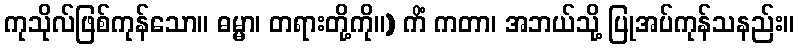
ကုသိုလ်ဖြစ်ကုန်သော။ ဓမ္မာ၊ တရားတို့ကို။) ကိံ ကတာ၊ အဘယ်သို့ ပြုအပ်ကုန်သနည်း။